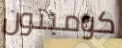
كومبتون